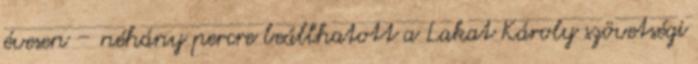
évesen – néhány percre beállhatott a Lakat Károly szövetségi